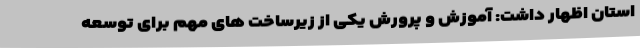
استان اظهار داشت: آموزش و پرورش یکی از زیرساخت های مهم برای توسعه